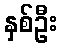
နှစ်ဦး